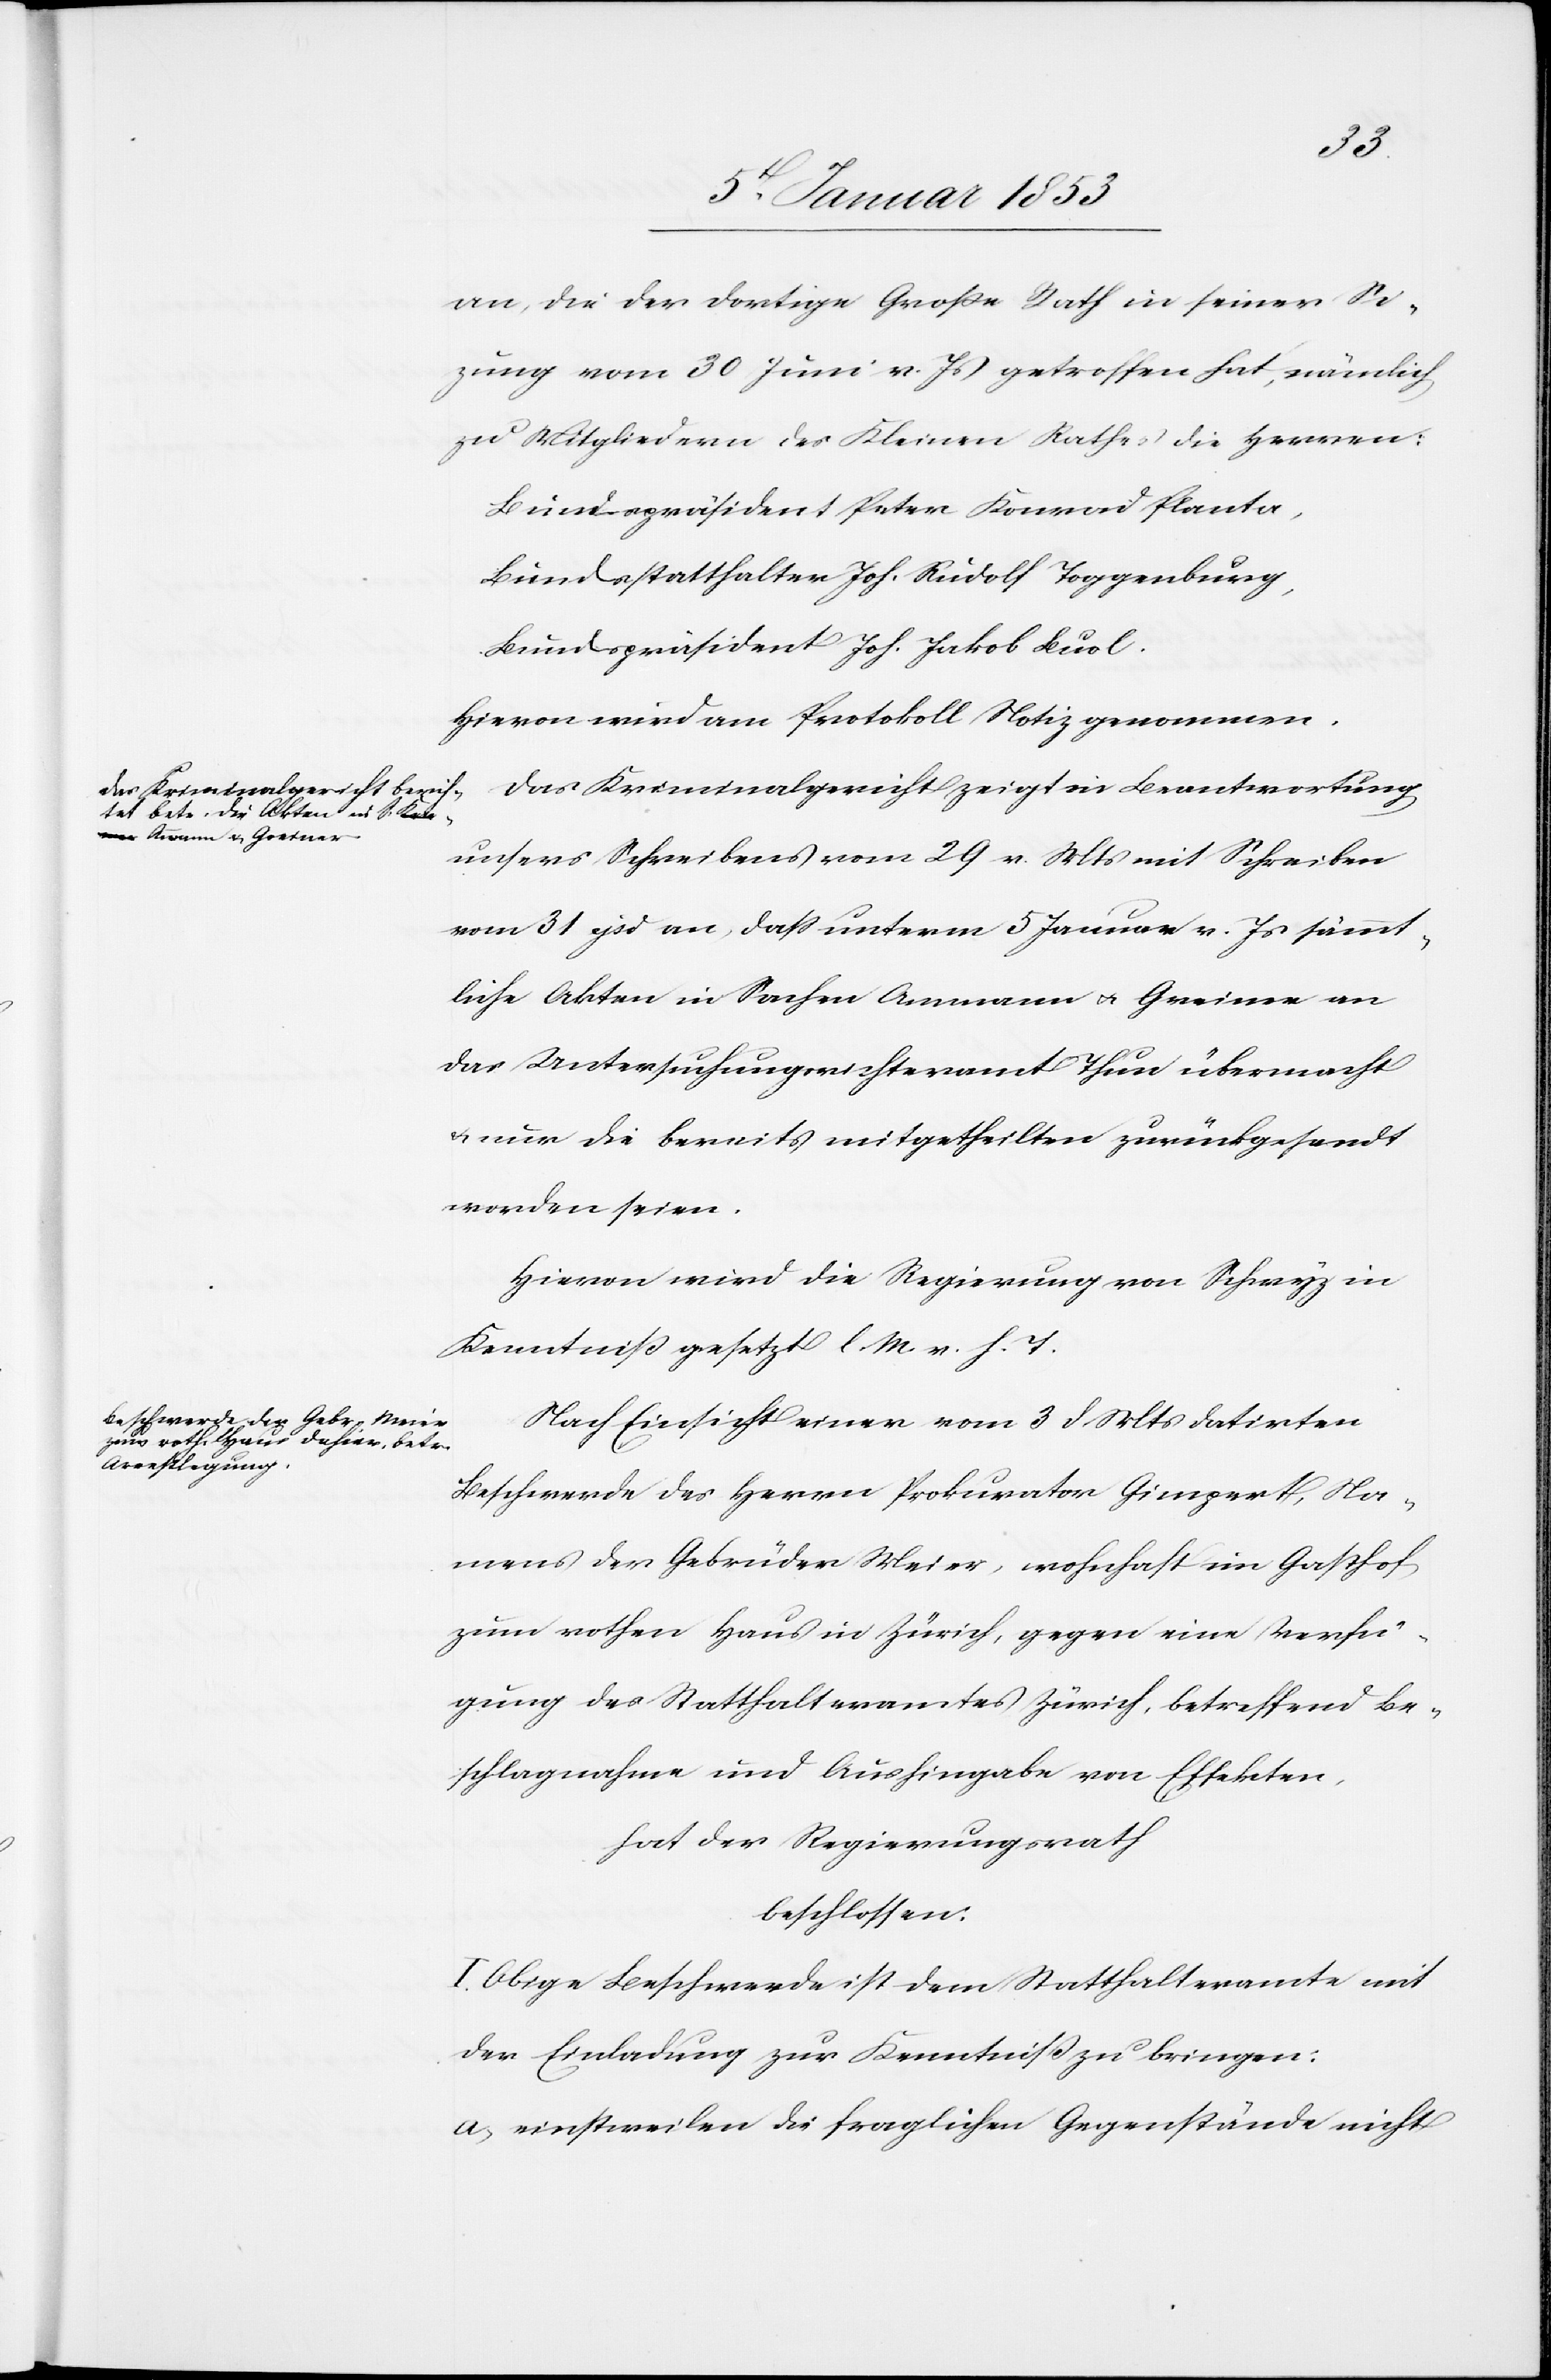
an, die der dortige Große Rath in seiner Si¬
tzung vom 30 Juni v. Js. getroffen hat, nämlich
zu Mitgliedern des Kleinen Rathes die Herren:
Bundespräsident Peter Konrad Planta,
Bundestatthalter Joh. Rudolf Toggenburg,
Bundespräsident Joh. Jakob Buol.
Hievon wird am Protokoll Notiz genommen.
Das Kriminalgericht zeigt in Beantwortung
unseres Schreibens vom 29v. Mts. mit Schreiben
vom 31 ejsd. an, dass unterm 5 Januar v. Js. sämmt¬
liche Akten in Sachen Ammann u. Greiner an
das Untersuchungsrichteramt Thun übermacht
u. nur die bereits mitgetheilten zurückgesandt
worden seien.
Hievon wird die Regierung von Schwyz in
Kenntniss gesetzt l. M. v. h. T
Nach Einsicht einer vom 3. d. Mts. datirten
Beschwerde des Herren Prokurator Gingert, Na¬
mens der Gebrüder Meier, wohnhaft im Gasthof
zum rothen Haus in Zürich, gegen eine Verfü¬
gung des Statthalteramtes Zürich, betreffend Be¬
schlagnahme und Aushingabe von Effekten,
hat der Regierungsrath
beschlossen.
I. Obige Beschwerde ist dem Statthalteramte mit
der Einladung zur Kenntniss zu bringen:
a. einstweilen die fraglichen Gegenstände nicht